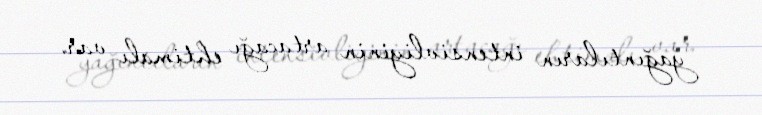
yağıntıların intensivliyinin artacağı ehtimalı var.